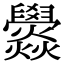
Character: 𤓟